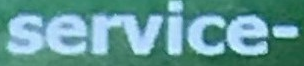
service-